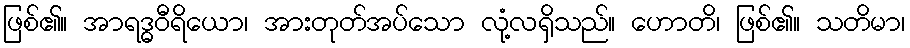
ဖြစ်၏။ အာရဒ္ဓဝီရိယော၊ အားတုတ်အပ်သော လုံ့လရှိသည်။ ဟောတိ၊ ဖြစ်၏။ သတိမာ၊